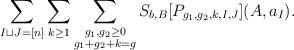
LaTeX: \begin{align*}\sum_{I\sqcup J=[n]}\sum_{k\ge 1}\sum_{\substack{g_1,g_2\ge 0\\g_1+g_2+k=g}}S_{b,B}[P_{g_1,g_2,k,I,J}](A,a_I).\end{align*}